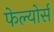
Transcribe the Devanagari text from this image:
फेल्योर्स